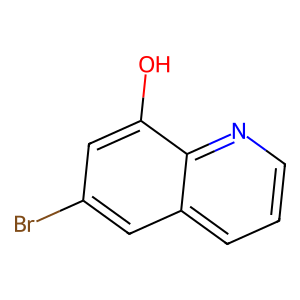
SMILES: Oc1cc(Br)cc2cccnc12
Inhibits HIV replication: No